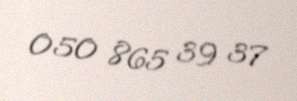
050 865 39 37